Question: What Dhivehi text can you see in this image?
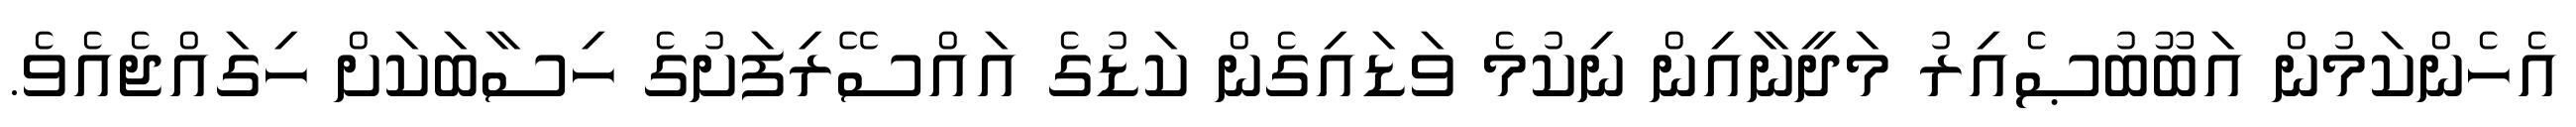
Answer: އެހެންކަމުން އަބޫބުޞެއިރު މަދީނާއިން ނިކުމެ ވަޑައިގެން ކަޑުގެ އައްސޭރިފަށުގެ ހިސާބަކަށް ހިގައްޖެއެވެ.